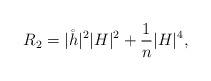
LaTeX: \begin{align*}R_2 = |\mathring{h}|^2 |H|^2 + \frac{1}{n} |H|^4,\end{align*}